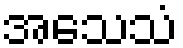
အသေသံ